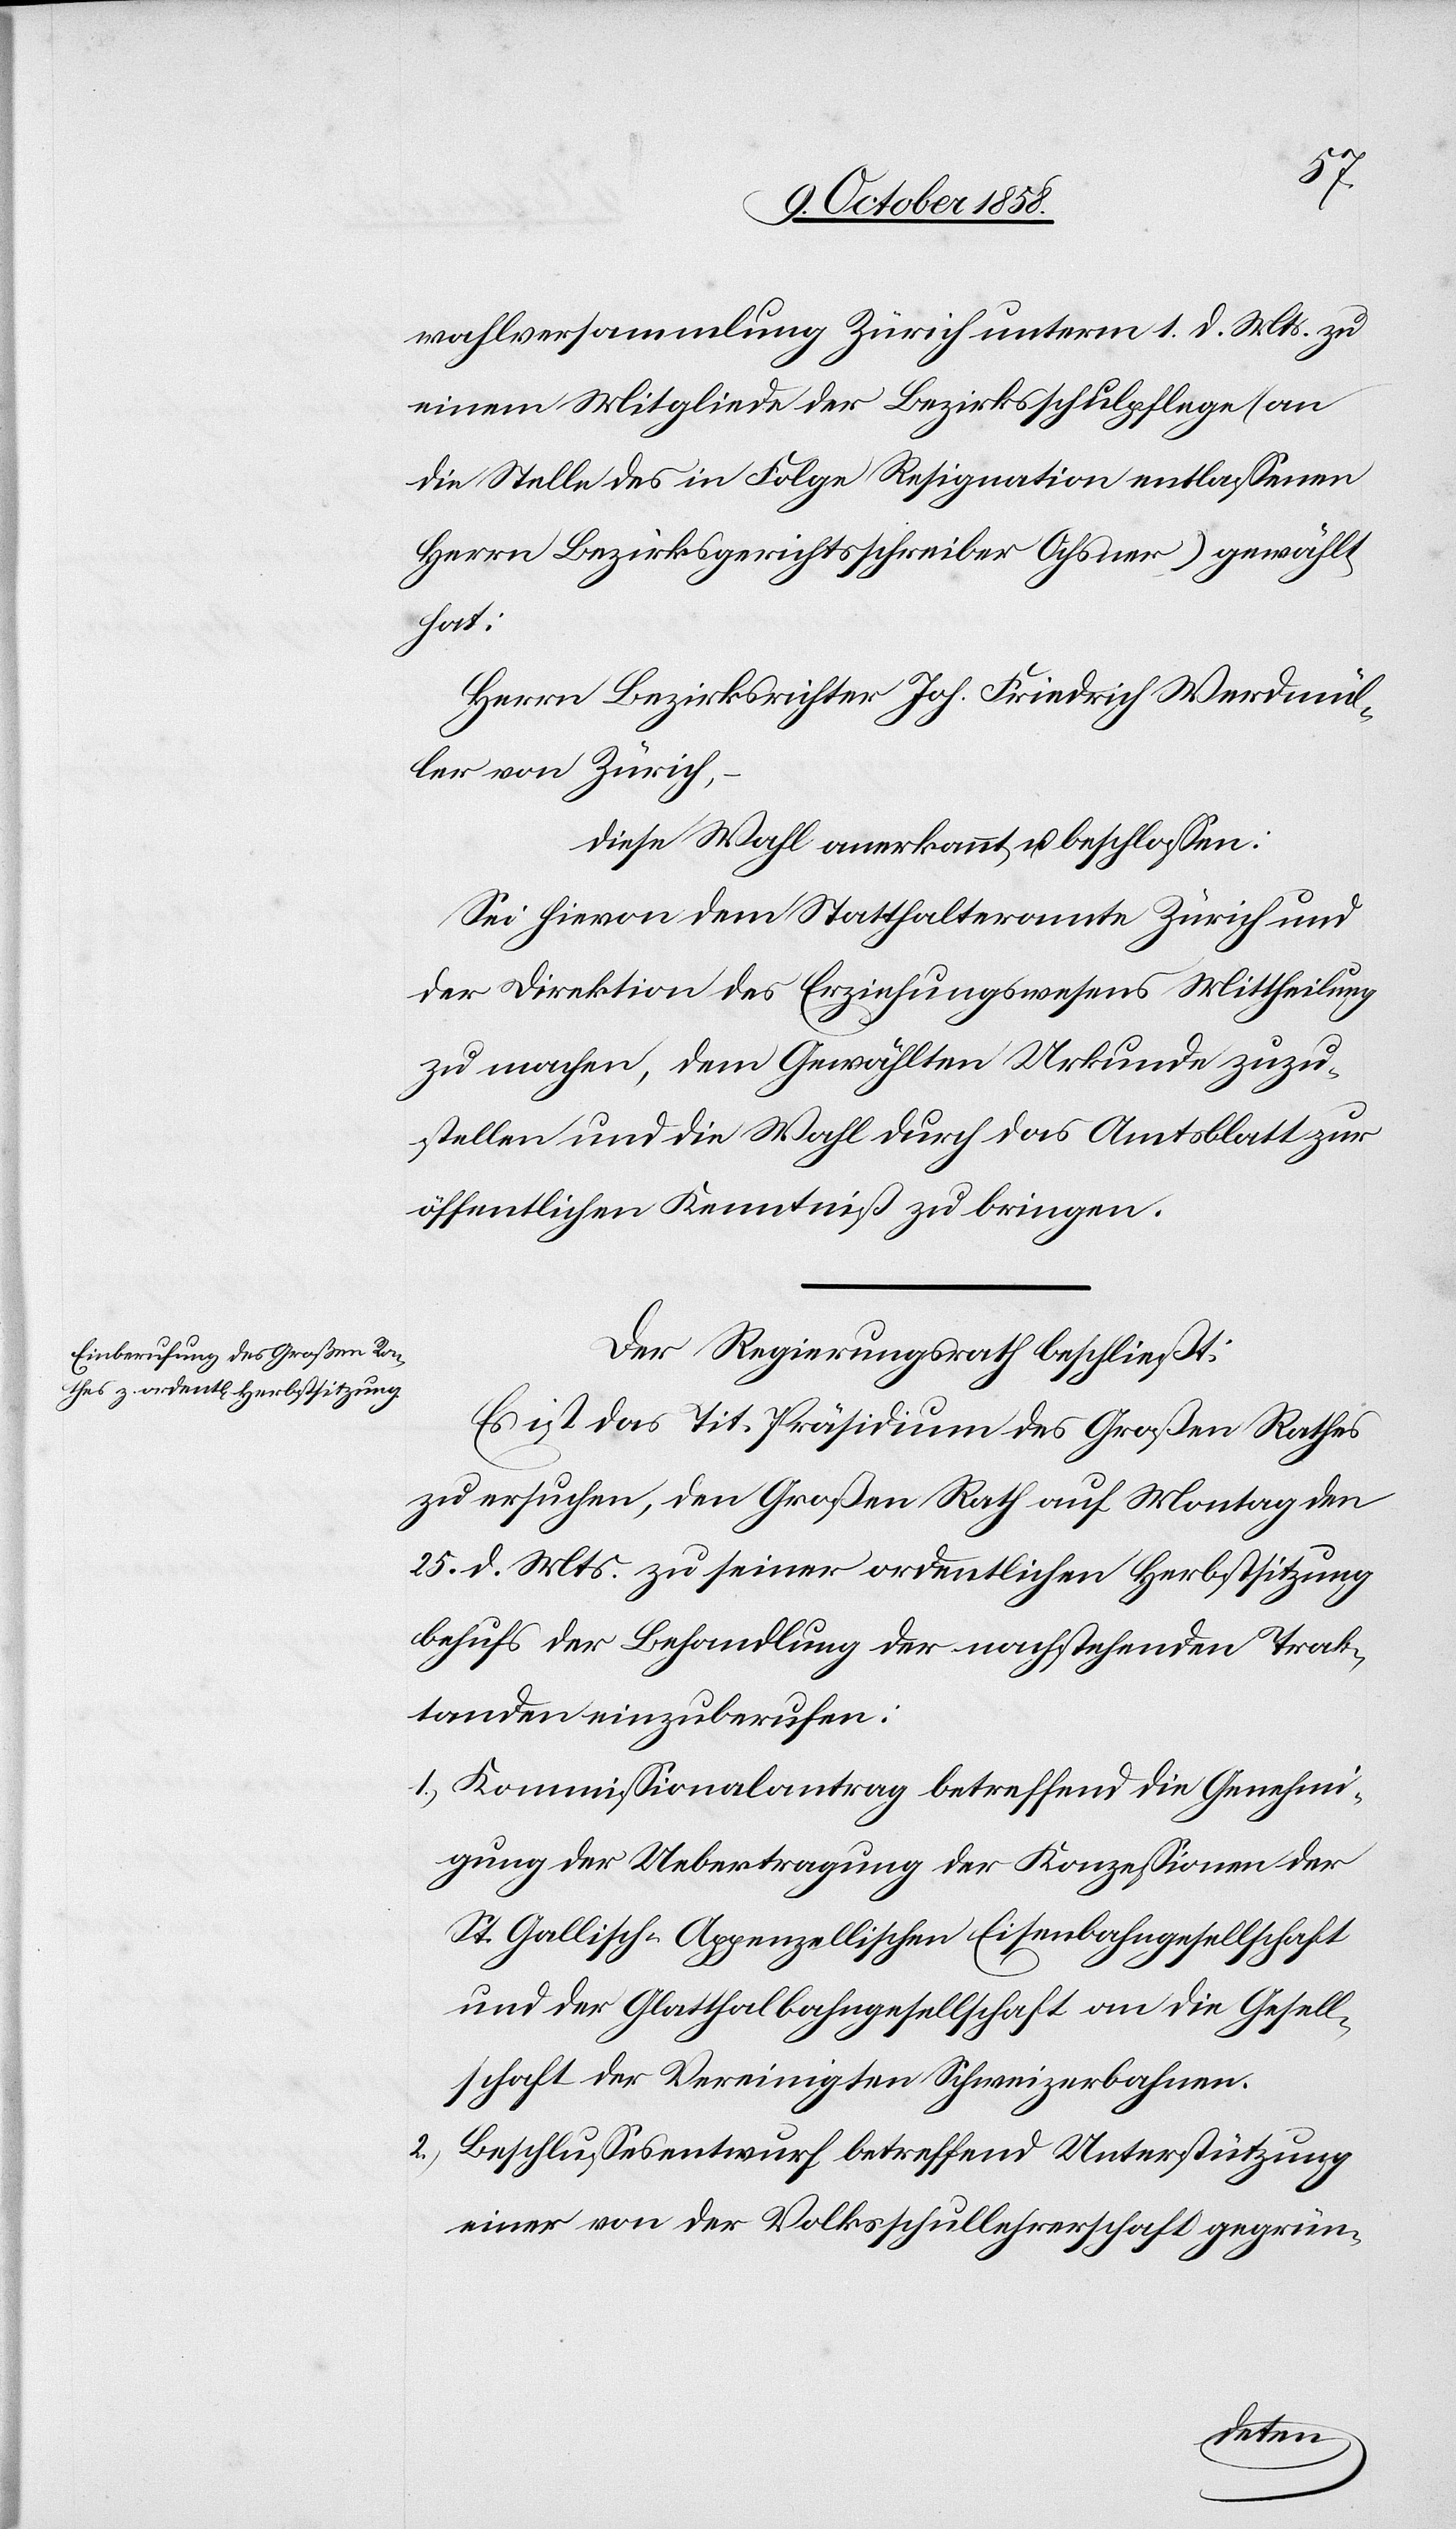
wahlversammlung Zürich unterm 1. d. Mts. zu
einem Mitgliede der Bezirksschulpflege (an
die Stelle des in Folge Resignation entlassenen
Herrn Bezirksgerichtsschreiber Ochsner) gewählt
hat:
Herrn Bezirksrichter Joh. Friedrich Werdmül¬
ler von Zürich,
diese Wahl anerkannt u. beschlossen:
Sei hievon dem Statthalteramte Zürich und
der Direktion des Erziehungswesens Mittheilung
zu machen, dem Gewählten Urkunde zuzu¬
stellen und die Wahl durch das Amtsblatt zur
öffentlichen Kenntniß zu bringen.
Der Regierungsrath beschließt:
Es ist das Tit. Präsidium des Großen Rathes
zu ersuchen, den Großen Rath auf Montag den
25. d. Mts. zu seiner ordentlichen Herbstsitzung
behufs der Behandlung der nachstehenden Trak¬
tanden einzuberufen:
Kommissionalantrag betreffend die Genehmi¬
gung der Uebertragung der Konzessionen der
St. Gallisch-Appenzellischen Eisenbahngesellschaft
und der Glatthalbahngesellschaft an die Gesell¬
schaft der Vereinigten Schweizerbahnen.
Beschlussesentwurf betreffend Unterstützung
einer von der Volksschullehrerschaft gegrün-